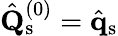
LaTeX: \hat{\mathbf{Q}}_{\mathrm{s}}^{(0)}=\hat{\mathbf{q}}_{\mathrm{s}}